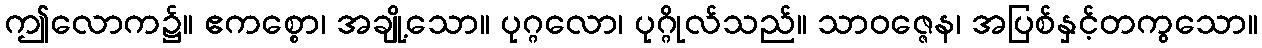
ဤလောက၌။ ဧကစ္စော၊ အချို့သော။ ပုဂ္ဂလော၊ ပုဂ္ဂိုလ်သည်။ သာဝဇ္ဇေန၊ အပြစ်နှင့်တကွသော။